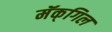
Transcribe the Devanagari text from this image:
मॅक्‌गिल